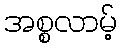
အစ္စလာမ့်